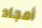
أمجاد